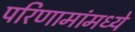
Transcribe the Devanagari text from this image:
परिणामांमध्ये